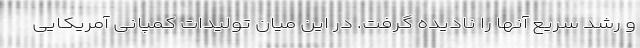
و رشد سریع آنها را نادیده گرفت. در این میان تولیدات کمپانی آمریکایی